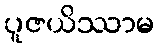
ပူဇယိဿာမ